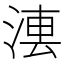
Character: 𣷼